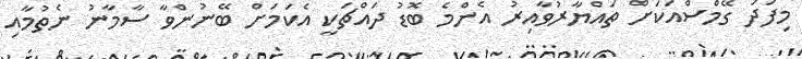
މިފަދަ ގޭމްސްއަކަށް ތައްޔާރުވާއިރު އެންމެ ބޮޑު ދައްޗަކީ އެކަމަށް ބޭނުންވާ ސާމާނު ނެތުމާއި